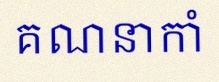
គណនាកាំ